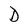
Character: D